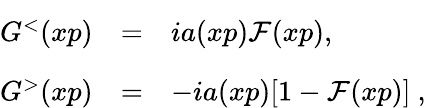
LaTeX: \begin{array}{lcl}{{G^{<}(xp)}}&{{=}}&{{ia(xp)\mathcal{F}(xp)\vphantom{\biggl]}\mathrm{,}}}\\ {{G^{>}(xp)}}&{{=}}&{{-ia(xp)[1-\mathcal{F}(xp)]\mathrm{~,}}}\end{array}